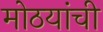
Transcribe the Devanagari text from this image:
मोठयांची